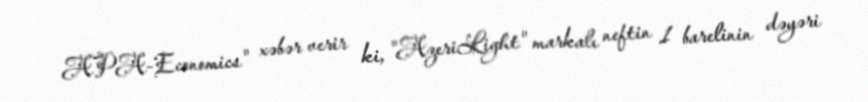
APA-Economics" xəbər verir ki, "AzeriLight" markalı neftin 1 barelinin dəyəri